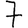
Digit: 7